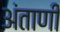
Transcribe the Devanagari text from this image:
अंताणी